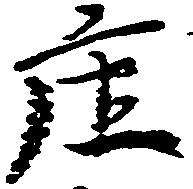
庄